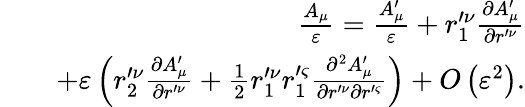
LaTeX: \begin{array}{rlr}&{}&{\left.\frac{A_{\mu}}{\varepsilon}=\frac{A_{\mu}^{\prime}}{\varepsilon}+r_{1}^{\prime\nu}\frac{\partial A_{\mu}^{\prime}}{\partial r^{\prime\nu}}\right.}\\ &{}&{+\varepsilon\left(r_{2}^{\prime\nu}\frac{\partial A_{\mu}^{\prime}}{\partial r^{\prime\nu}}+\frac{1}{2}r_{1}^{\prime\nu}r_{1}^{\prime\varsigma}\frac{\partial^{2}A_{\mu}^{\prime}}{\partial r^{\prime\nu}\partial r^{\prime\varsigma}}\right)+O\left(\varepsilon^{2}\right).}\end{array}